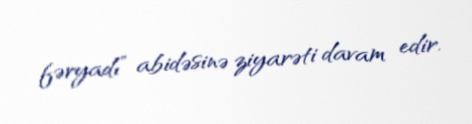
fəryadı” abidəsinə ziyarəti davam edir.